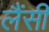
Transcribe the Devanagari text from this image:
लैंसी